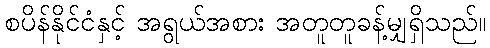
စပိန်နိုင်ငံနှင့် အရွယ်အစား အတူတူခန့်မျှရှိသည်။